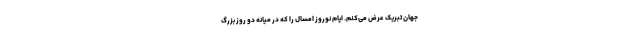
جهان تبریک عرض می‌کنم. ایام نوروز امسال را که در میانه دو روز بزرگ